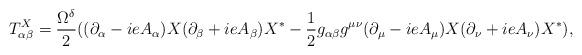
LaTeX: \begin{align*}T^X_{\alpha \beta}= \frac{\Omega^{\delta}}{2} ( (\partial_{\alpha} - ie A_{\alpha} ) X (\partial_{\beta} + ie A_{\beta} ) X^* - \frac{1}{2} g_{\alpha \beta} g^{\mu \nu}( \partial_{\mu} - ieA_{\mu} ) X (\partial_{\nu} + ieA_{\nu} ) X^*),\end{align*}